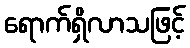
ရောက်ရှိလာသဖြင့်